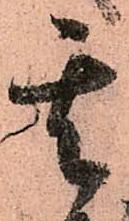
其